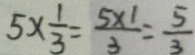
5 \times \frac { 1 } { 3 } = \frac { 5 \times 1 } { 3 } = \frac { 5 } { 3 }